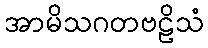
အာမိသဂတဗဠိသံ